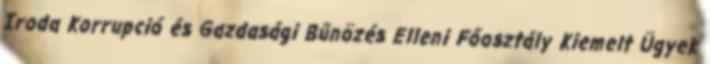
Iroda Korrupció és Gazdasági Bűnözés Elleni Főosztály Kiemelt Ügyek